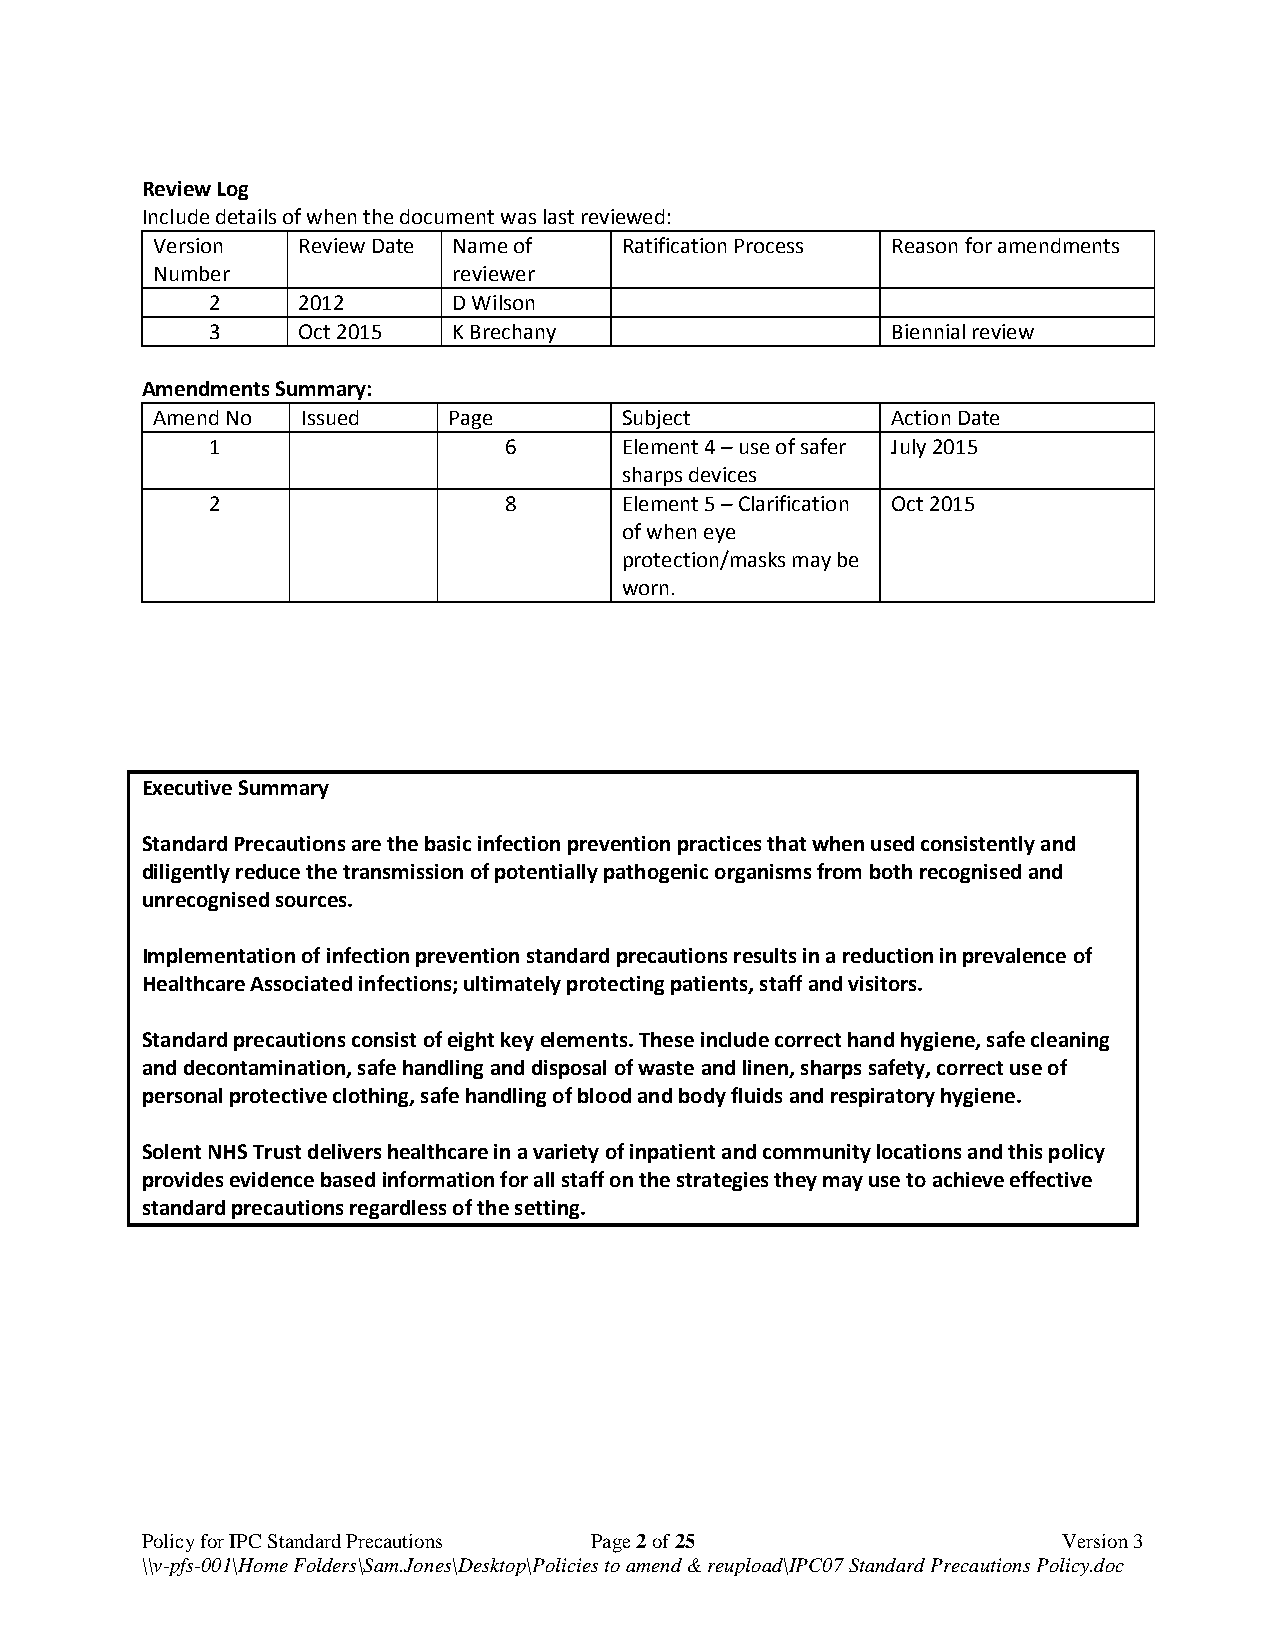
Review Log
 Include details of when the document was last reviewed:
 Version   Review Date Name of  Ratification Process Reason for amendments
 Number              reviewer
 2     2012      D Wilson
 3     Oct 2015  K Brechany                   Biennial review
 Amendments Summary:
 Amend No  Issued    Page       Subject           Action Date
 1                  6       Element 4 – use of safer July 2015
 sharps devices
 2                  8       Element 5 – Clarification Oct 2015
 of when eye
 protection/masks may be
 worn.
 Executive Summary
 Standard Precautions are the basic infection prevention practices that when used consistently and
 diligently reduce the transmission of potentially pathogenic organisms from both recognised and
 unrecognised sources.
 Implementation of infection prevention standard precautions results in a reduction in prevalence of
 Healthcare Associated infections; ultimately protecting patients, staff and visitors.
 Standard precautions consist of eight key elements. These include correct hand hygiene, safe cleaning
 and decontamination, safe handling and disposal of waste and linen, sharps safety, correct use of
 personal protective clothing, safe handling of blood and body fluids and respiratory hygiene.
 Solent NHS Trust delivers healthcare in a variety of inpatient and community locations and this policy
 provides evidence based information for all staff on the strategies they may use to achieve effective
 standard precautions regardless of the setting.
 Policy for IPC Standard Precautions Page 2 of 25             Version 3
 \\v-pfs-001\Home Folders\Sam.Jones\Desktop\Policies to amend & reupload\IPC07 Standard Precautions Policy.doc